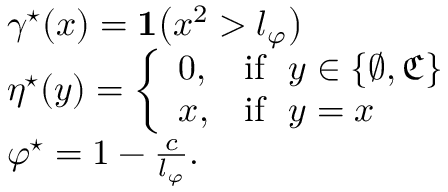
\begin{array} { r l } & { \gamma ^ { \star } ( x ) = \mathbf { 1 } \big ( x ^ { 2 } > l _ { \varphi } \big ) } \\ & { \eta ^ { \star } ( y ) = \left\{ \begin{array} { l l } { 0 , } & { \mathrm { i f } \ \ y \in \{ \varnothing , \mathfrak { C } \} } \\ { x , } & { \mathrm { i f } \ \ y = x } \end{array} \right. } \\ & { \varphi ^ { \star } = 1 - \frac { c } { l _ { \varphi } } . } \end{array}